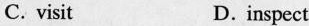
C. visit D.inspect